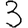
Digit: 3